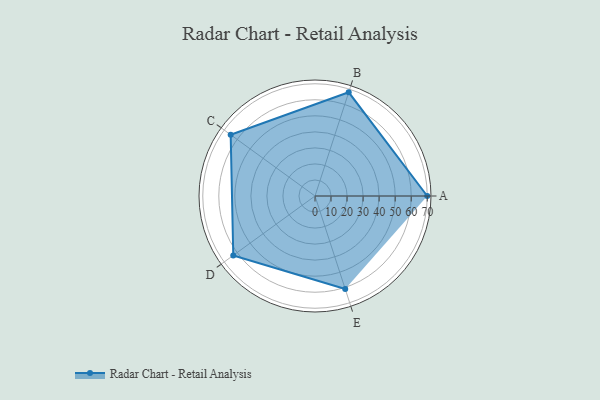
{"axis": {"x": "Skill", "y": "Score"}, "legend": ["Profile"], "data": [{"x": "A", "y": 70.0, "type": "Profile"}, {"x": "B", "y": 68.0, "type": "Profile"}, {"x": "C", "y": 65.0, "type": "Profile"}, {"x": "D", "y": 63.0, "type": "Profile"}, {"x": "E", "y": 61.0, "type": "Profile"}]}